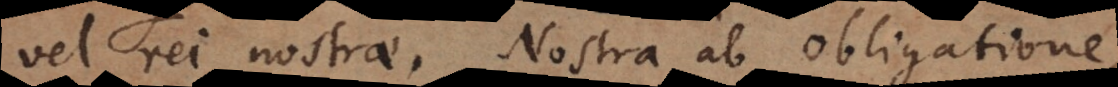
vel rei nostrae. Nostra ab obligatione,